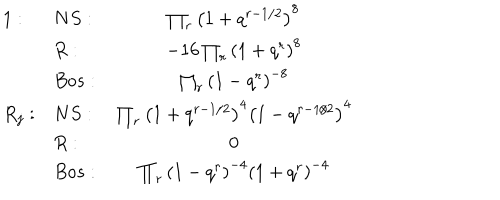
\begin{array} { l l c } { { 1 : } } & { { N S : \; } } & { { \prod _ { r } \left( 1 + q ^ { r - 1 / 2 } \right) ^ { 8 } \nonumber } } \\ { { } } & { { R : } } & { { - 1 6 \prod _ { r } \left( 1 + q ^ { r } \right) ^ { 8 } } } \\ { { } } & { { B o s : } } & { { \prod _ { r } \left( 1 - q ^ { r } \right) ^ { - 8 } \nonumber } } \\ { { R _ { j } : } } & { { N S : \; } } & { { \prod _ { r } \left( 1 + q ^ { r - 1 / 2 } \right) ^ { 4 } \left( 1 - q ^ { r - 1 / 2 } \right) ^ { 4 } \nonumber } } \\ { { } } & { { R : } } & { { 0 } } \\ { { } } & { { B o s : } } & { { \prod _ { r } \left( 1 - q ^ { r } \right) ^ { - 4 } \left( 1 + q ^ { r } \right) ^ { - 4 } \nonumber } } \\ \end{array}